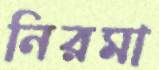
নিরমা